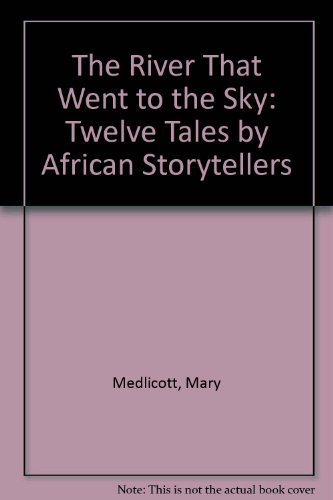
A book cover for The River That Went to the Sky: Twelve Tales by African Storytellers; Mary Medlicott; Children's Books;